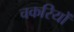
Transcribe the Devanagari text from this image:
चकरियों